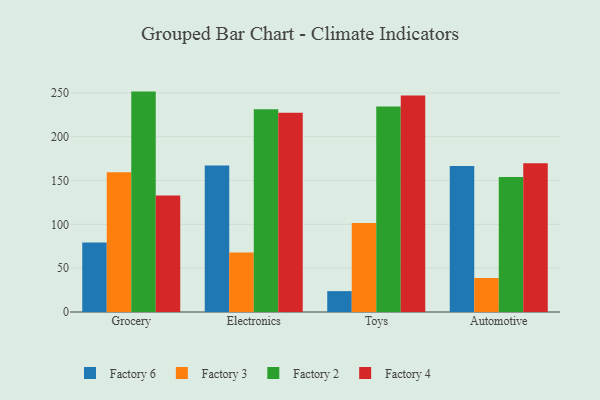
{"axis": {"x": "Category", "y": "Bounce Rate (%)"}, "legend": ["Factory 2", "Factory 3", "Factory 4", "Factory 6"], "data": [{"x": "Grocery", "y": 79.3, "type": "Factory 6"}, {"x": "Grocery", "y": 159.4, "type": "Factory 3"}, {"x": "Grocery", "y": 251.4, "type": "Factory 2"}, {"x": "Grocery", "y": 133.0, "type": "Factory 4"}, {"x": "Electronics", "y": 167.2, "type": "Factory 6"}, {"x": "Electronics", "y": 67.8, "type": "Factory 3"}, {"x": "Electronics", "y": 231.4, "type": "Factory 2"}, {"x": "Electronics", "y": 227.2, "type": "Factory 4"}, {"x": "Toys", "y": 23.8, "type": "Factory 6"}, {"x": "Toys", "y": 101.4, "type": "Factory 3"}, {"x": "Toys", "y": 234.3, "type": "Factory 2"}, {"x": "Toys", "y": 247.0, "type": "Factory 4"}, {"x": "Automotive", "y": 166.4, "type": "Factory 6"}, {"x": "Automotive", "y": 38.8, "type": "Factory 3"}, {"x": "Automotive", "y": 154.1, "type": "Factory 2"}, {"x": "Automotive", "y": 169.7, "type": "Factory 4"}]}